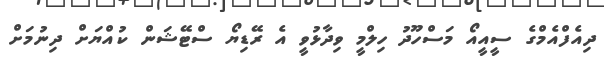
ދިއެފްއެމްގެ ސީއީއޯ މަސްހޫދު ހިލްމީ ވިދާޅުވީ އެ ރޭޑިޔޯ ސްޓޭޝަން ކުއްޔަށް ދިނުމަށް